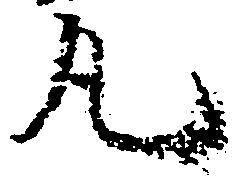
丸